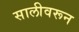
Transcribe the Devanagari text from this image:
सालीवरून